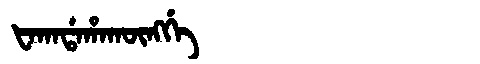
Manchu: ᡶᠠᡴᠠᡩᠠᡥᠠᡴᡡᠩᡤᡝ
Romanization: FAKADAHAKŪNGGE